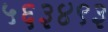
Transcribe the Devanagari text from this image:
५६३४९३